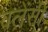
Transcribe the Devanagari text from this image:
वलेंसी